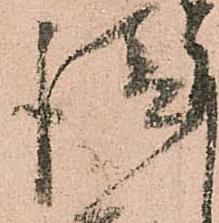
請